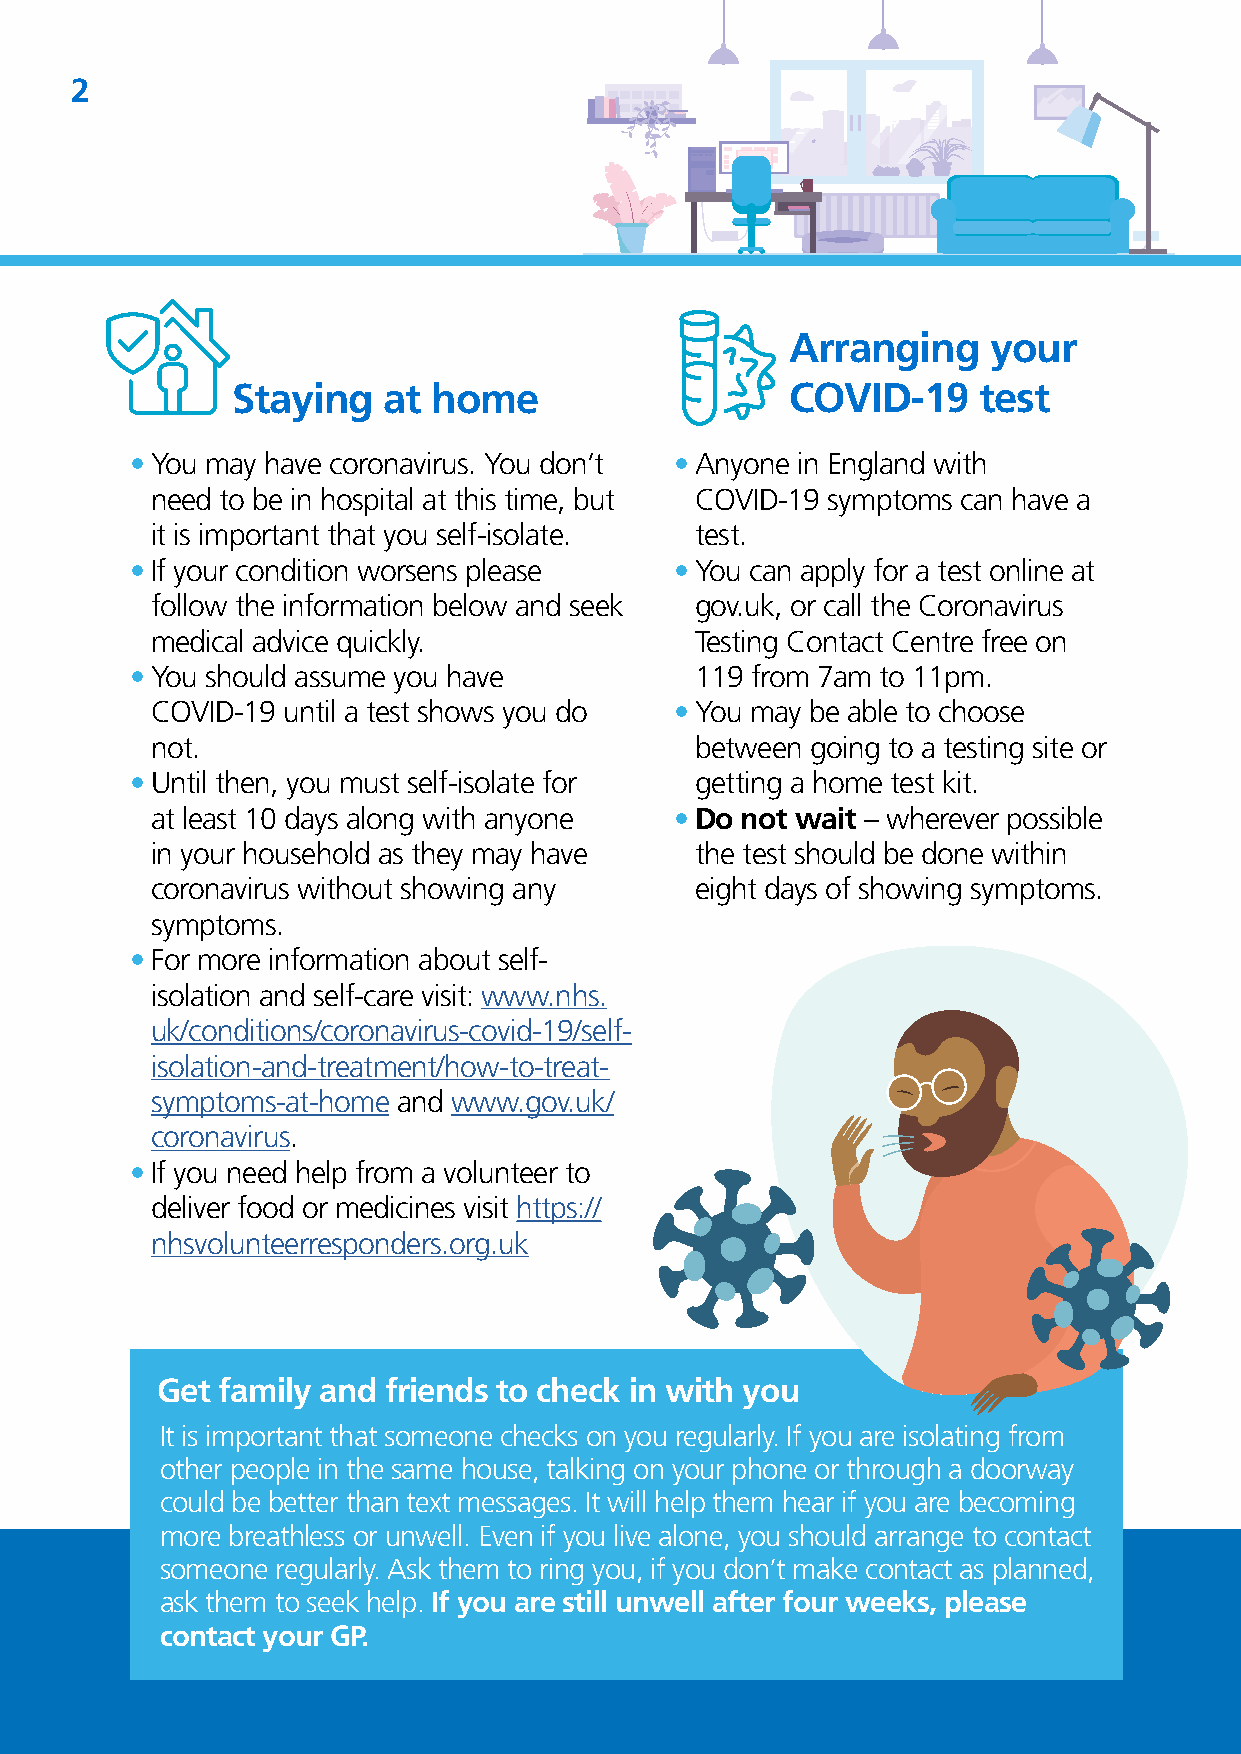
2
 Arranging    your
 Staying   at  home                   COVID-19     test
 • You may have coronavirus. You don’t • Anyone in England with
 need to be in hospital at this time, but COVID-19 symptoms can have a
 it is important that you self-isolate. test.
 • If your condition worsens please  • You can apply for a test online at
 follow the information below and seek gov.uk, or call the Coronavirus
 medical advice quickly.             Testing Contact Centre free on
 • You should assume you have         119 from 7am to 11pm.
 COVID-19 until a test shows you do • You may be able to choose
 not.                                between going to a testing site or
 • Until then, you must self-isolate for getting a home test kit.
 at least 10 days along with anyone • Do not wait – wherever possible
 in your household as they may have  the test should be done within
 coronavirus without showing any     eight days of showing symptoms.
 symptoms.
 • For more information about self-
 isolation and self-care visit: www.nhs.
 uk/conditions/coronavirus-covid-19/self-
 isolation-and-treatment/how-to-treat-
 symptoms-at-home and www.gov.uk/
 coronavirus.
 • If you need help from a volunteer to
 deliver food or medicines visit https://
 nhsvolunteerresponders.org.uk
 Get family and friends to check in with you
 It is important that someone checks on you regularly. If you are isolating from
 other people in the same house, talking on your phone or through a doorway
 could be better than text messages. It will help them hear if you are becoming
 more breathless or unwell. Even if you live alone, you should arrange to contact
 someone regularly. Ask them to ring you, if you don’t make contact as planned,
 ask them to seek help. If you are still unwell after four weeks, please
 contact your GP.